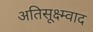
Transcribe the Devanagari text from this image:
अतिसूक्ष्म्वाद